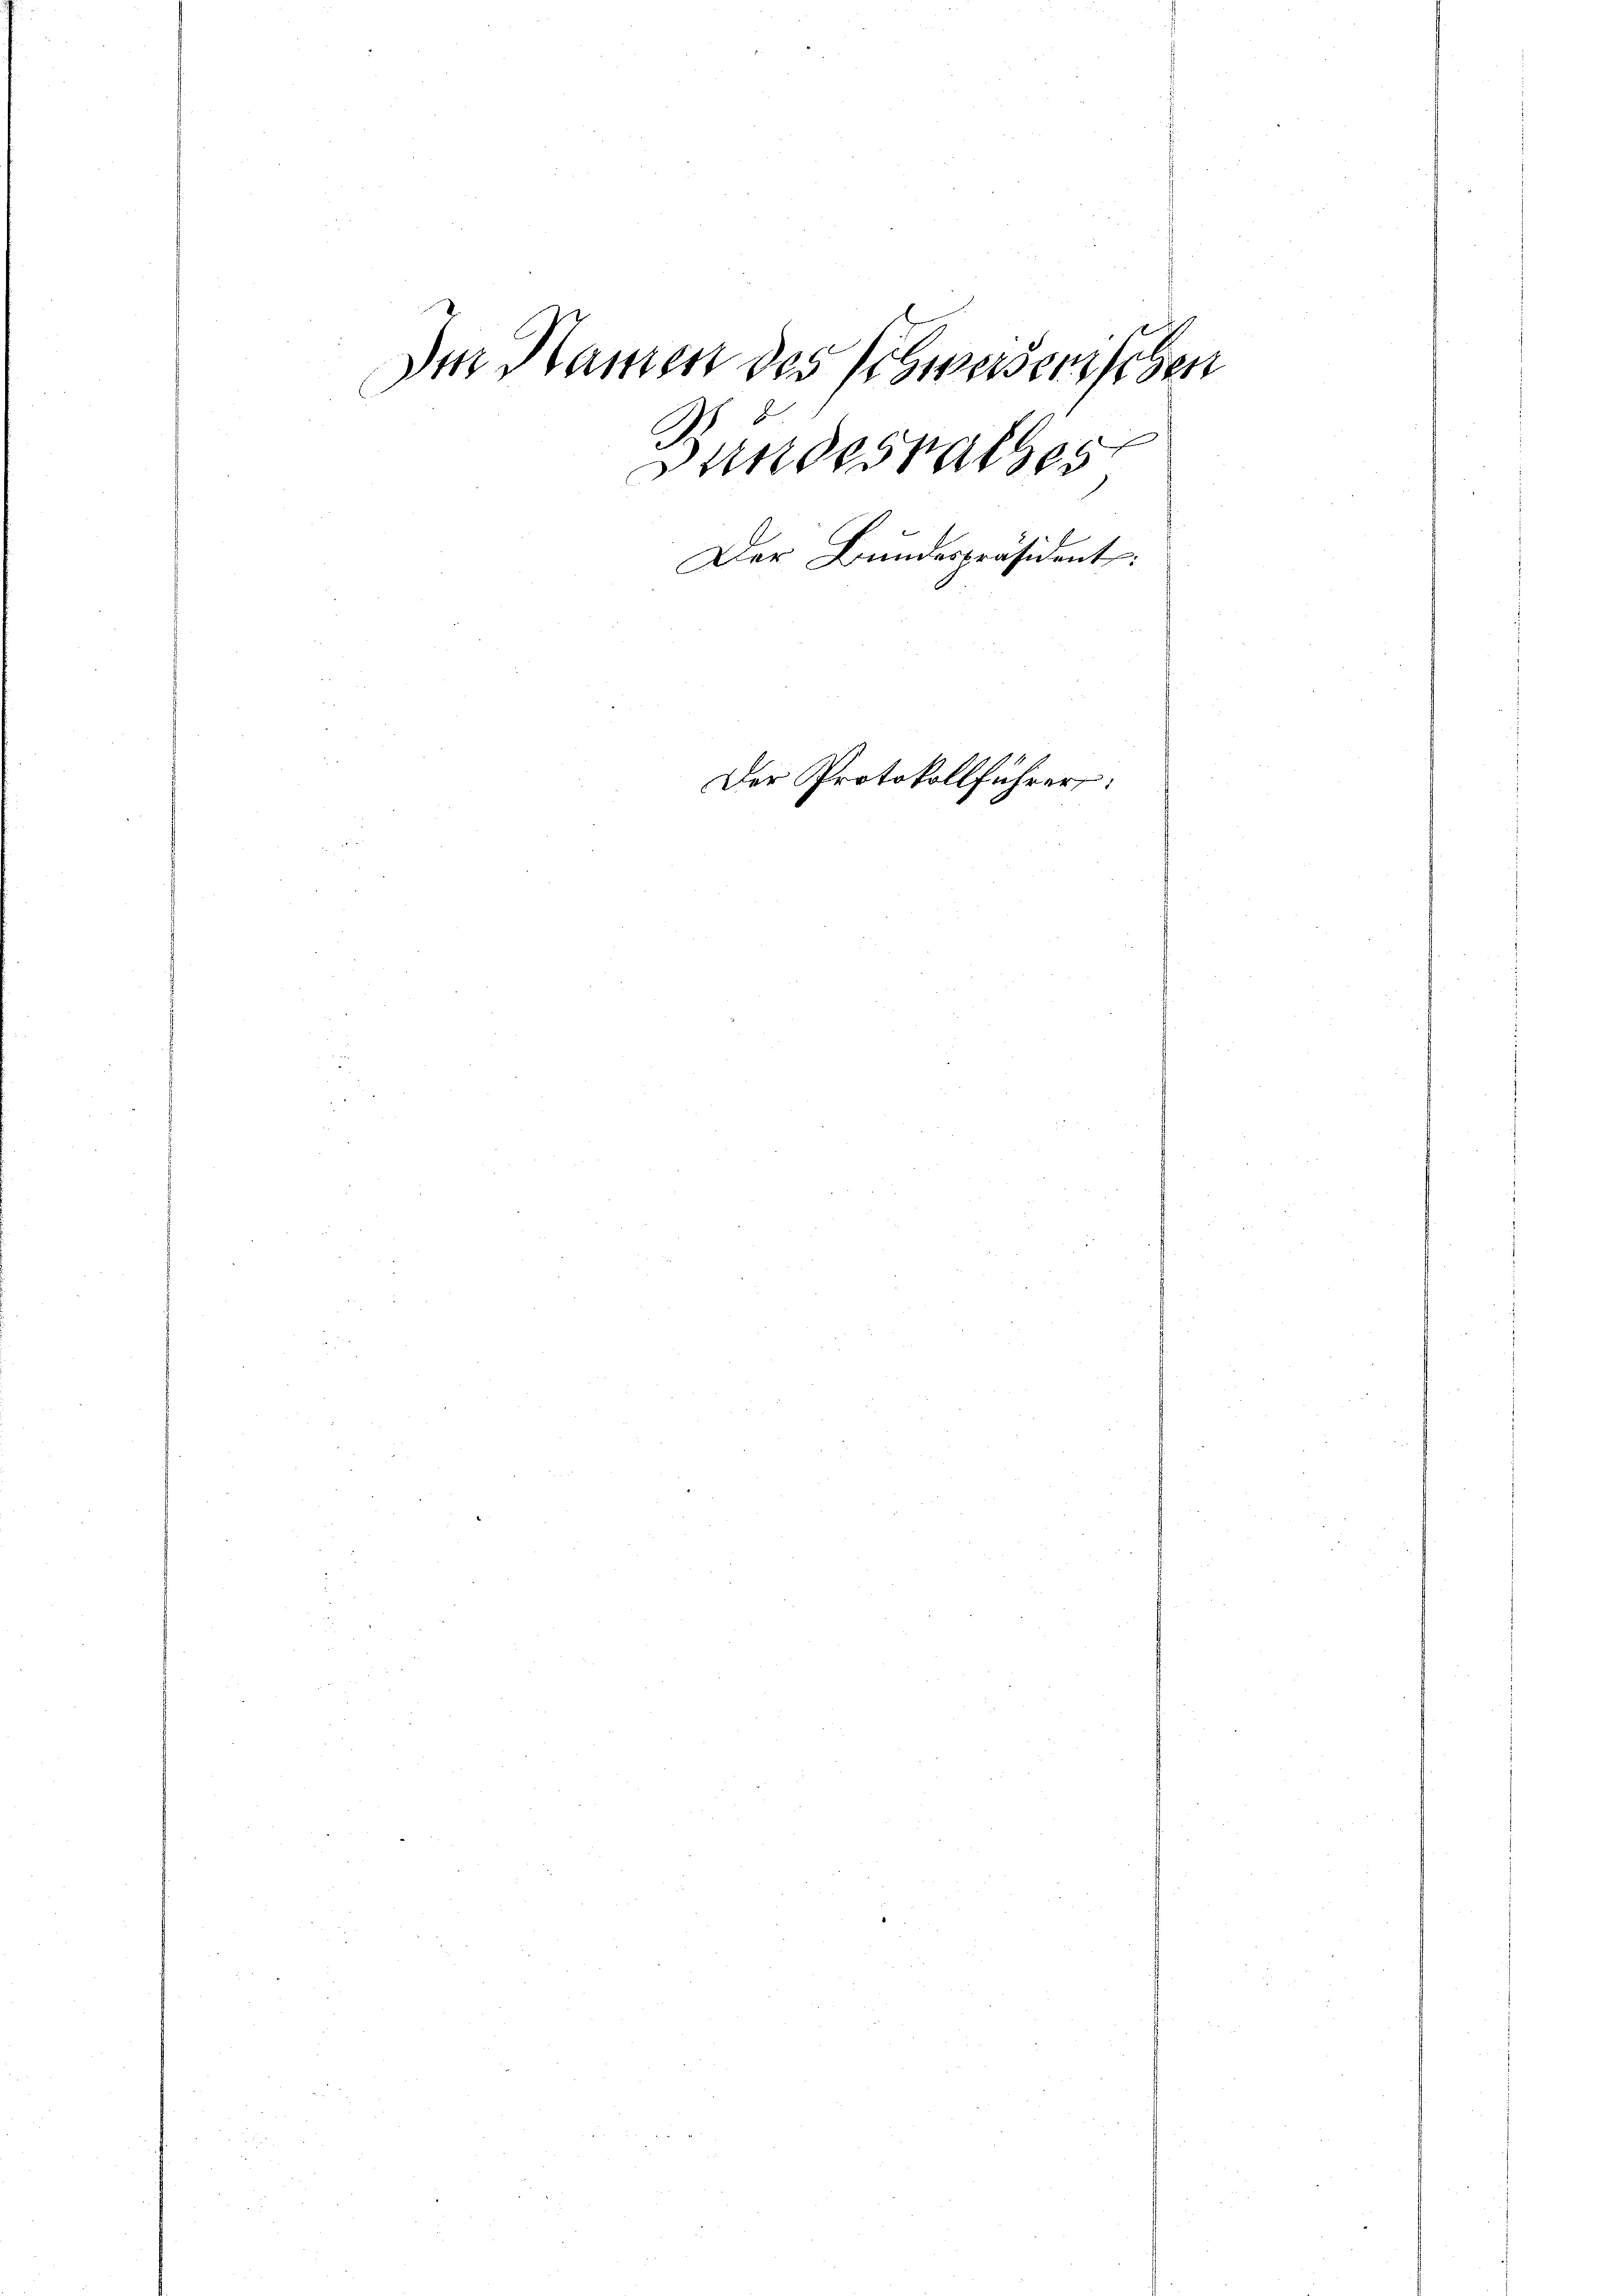
Der Namen des Schweiserischen
Bundesrathes
Der Bundespräsident:

Der Protokollführer: